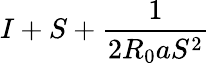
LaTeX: I+S+\frac{1}{2R_{0}aS^{2}}